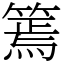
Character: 篶